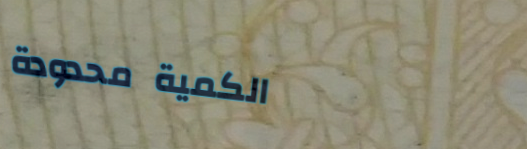
الكمية محدودة